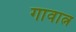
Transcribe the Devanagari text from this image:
गावात्न